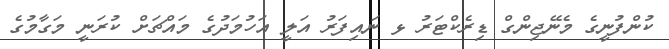
ކުންފުނީގެ މެނޭޖިންގް ޑިރެކްޓަރު ޅ ނައިފަރު އަލީ އަހުމަދުގެ މައްޗަށް ކުރަނީ މަގާމުގެ